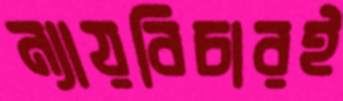
ন্যায়বিচারই